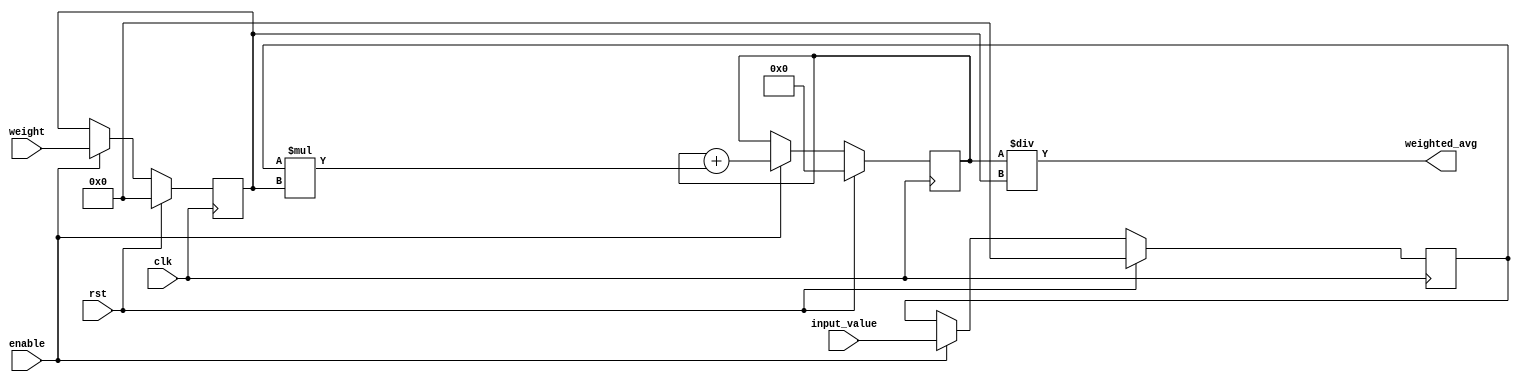
module weighted_moving_average_accumulator (
    input wire clk,
    input wire rst,
    input wire enable,
    input wire [7:0] input_value,
    input wire [7:0] weight,
    output reg [15:0] weighted_avg
);

reg [7:0] input_reg;
reg [7:0] weight_reg;
reg [15:0] sum;

always @(posedge clk) begin
    if (rst) begin
        input_reg <= 8'b0;
        weight_reg <= 8'b0;
        sum <= 16'b0;
    end else if (enable) begin
        input_reg <= input_value;
        weight_reg <= weight;
        sum <= sum + (input_reg * weight_reg);
    end
end

always @(*) begin
    weighted_avg = sum / weight_reg;
end

endmodule